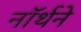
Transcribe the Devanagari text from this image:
नॉर्थने